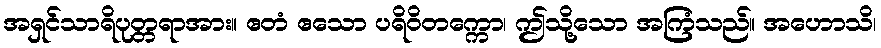
အရှင်သာရိပုတ္တရာအား။ ဧတံ ဧသော ပရိဝိတက္ကော၊ ဤသို့သော အကြံသည်။ အဟောသိ၊